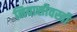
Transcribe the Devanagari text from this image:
निवासीवस्ती